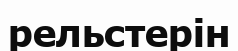
рельстерін